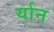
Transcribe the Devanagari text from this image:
र्यान